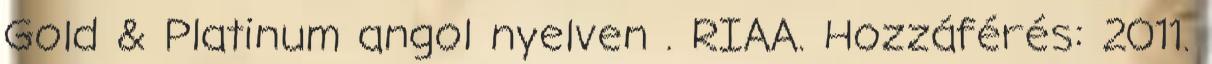
Gold & Platinum angol nyelven . RIAA. Hozzáférés: 2011.